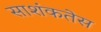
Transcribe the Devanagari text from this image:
साशंकतेस